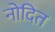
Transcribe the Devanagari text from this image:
नोदित